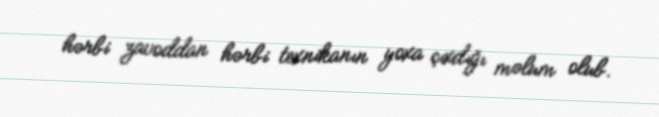
hərbi zavoddan hərbi texnikanın yoxa çıxdığı məlum olub.